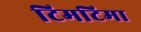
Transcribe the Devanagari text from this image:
टिमटिमा